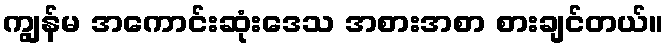
ကျွန်မ အကောင်းဆုံးဒေသ အစားအစာ စားချင်တယ်။